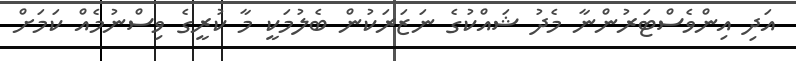
އަދި އިންވެސްޓަރުންނާ މެދު ޝައްކުގެ ނަޒަރަކުން ބެލުމަކީ މާ ކުރީގެ ވިސްނުމެއް ކަމަށް